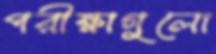
পরীক্ষাগুলো